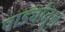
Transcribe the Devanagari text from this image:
पाड्यांतून